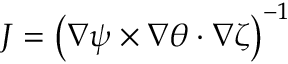
J = \left( \nabla \psi \times \nabla \theta \cdot \nabla \zeta \right) ^ { - 1 }